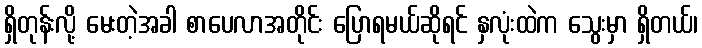
ရှိတုန်းလို့ မေးတဲ့အခါ စာပေလာအတိုင်း ပြောရမယ်ဆိုရင် နှလုံးထဲက သွေးမှာ ရှိတယ်၊